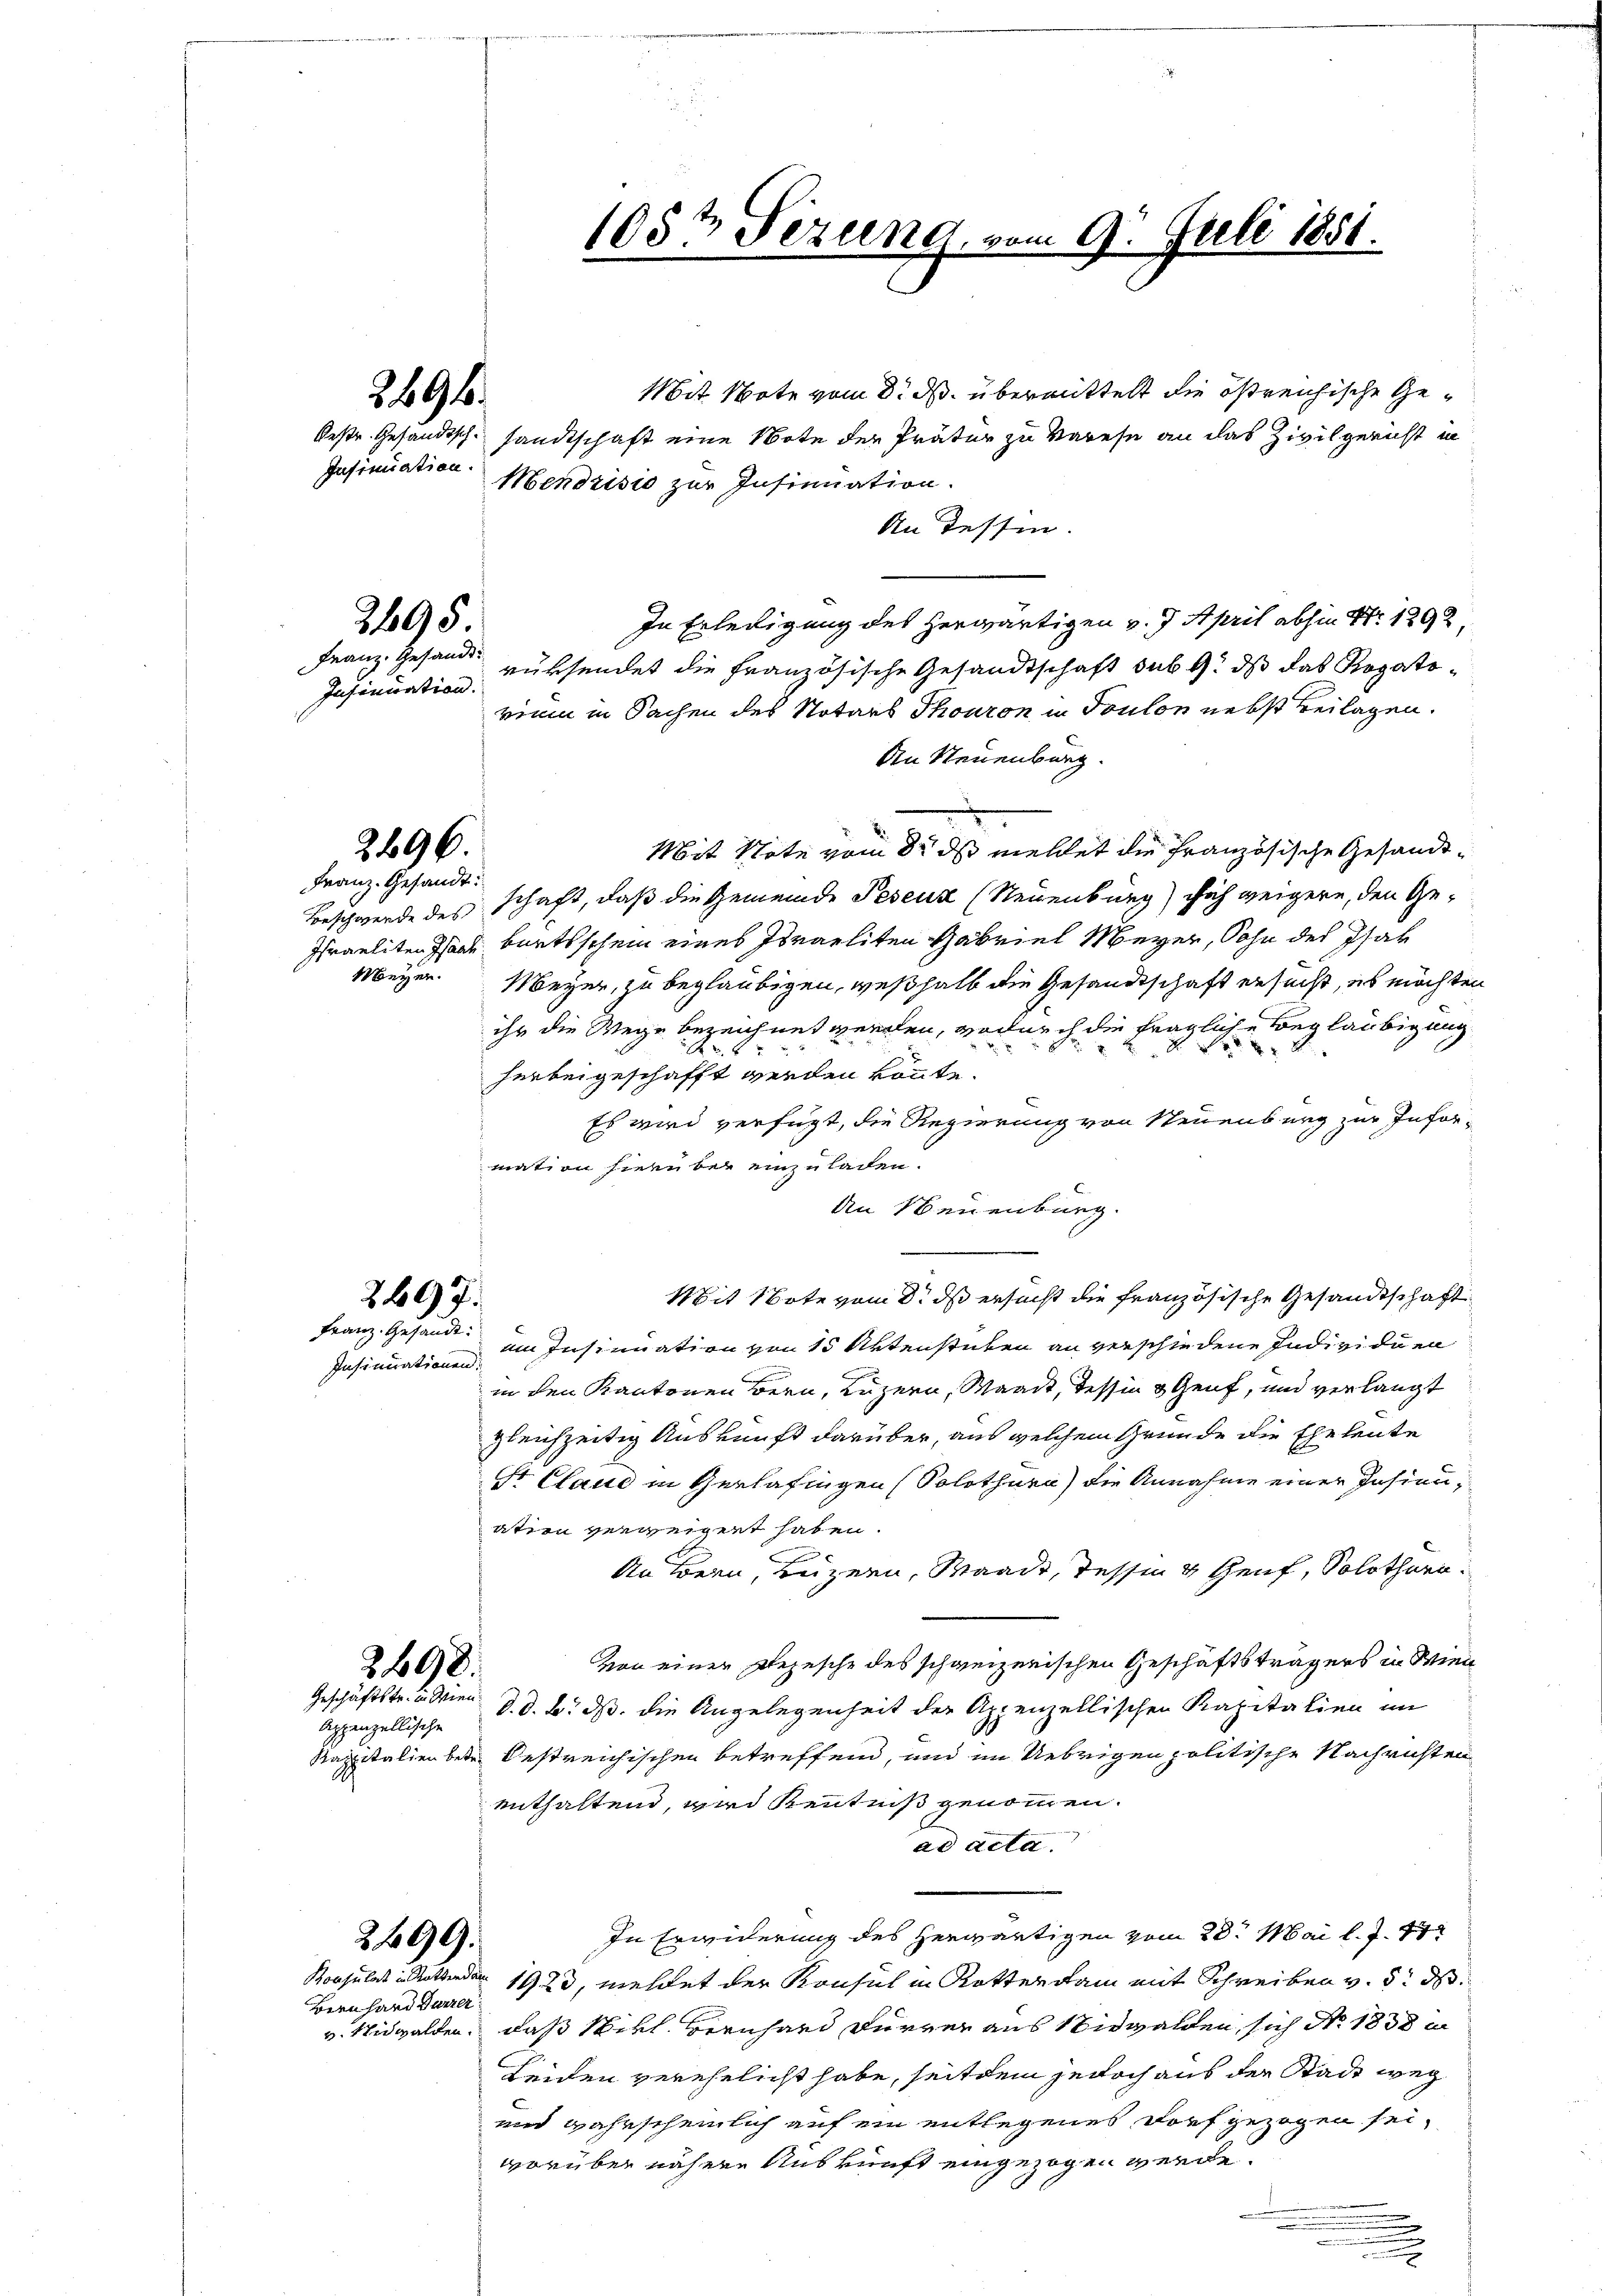
Franz. Gesandts

2695.

2496.
Franz. Gesandt:

Meÿer.

2607.
Franz. Gesandt:

2491.

Insiniation.

Mit Note vom 8. ds. übermittelt die östreichische Gebeste Gesandtsch, sandtschaft eine Note der Präter zu Varese an das Zivilgericht in
Mendrisis zur Insinuation.
An Tessin.
In Erledigung des herwärtigen v. J. April abhin Nr. 1292.
Insinuation rüksendet die Französische Gesandtschaft sub 9. dß das Rogato-
vini in Sachen des Notars Thouron in Toulon nebst Beilagen.
An Neuenburg.
Mit Note vom 8. ds meldet die Französische Gesandt¬
Beschwerde des schaft, daß die Gemeinde Peseuz (Neuenburg) sich weigere, den Ge¬
Israeliten Isaale burtsschein eines Israeliten Gabriel Meyer, Sohn des Isar
Meyer, zu beglaubigen, weßhalb die Gesandtschaft ersucht, es möchten
ihr die Wege bezeichnet werden, wodurch die fragliche Beglaubigung

herbeigeschafft werden könnte.
Es wird verfügt, die Regierung von Neuenburg zur Information hiern bei einzuladen.
An Neuenburg.
Mit Note vom 8. ds ersucht die französische Gesandtschaft
Insinuationen im Insinuation von 15 Aktenstücken an verschiedene Individuen
in den Kantonen Bern, Luzern, Waadt, dessen & Genf, und verlangt
gleichzeitig Auskunft darüber, aus welchem Grunde die Eheleute
Sr Claue in Gerlafingen (Solothurn) die Annahme einer Insinuatien verweigert haben.
An Bern, Luzern, Waadt, Tessin 4 Genf, Solothurn.
von einer Rezesche des schweizerischen Geschäftsträgers in Wien
d. d. B. ds. die Angelegenheit der Appenzellischen Kapitalien im
Kapitalien betr. Oestreichischen betreffend, und im Uebrigen politische Nachrichten
enthaltend, wird Kenntniß genommen.
ad acta.
In Erwiderung des herwärtigen vom 20. Mai l. J. 17
Konsulat in Rottender 1923, meldet der Konsul in Rotter kam mit Schreiben v. 5. ds
v. Nidwalden, daß Nikl. Bernhard Dürrer aus Nidwalden sich No. 1838 in
Leiden verehelicht habe, seitdem jedoch aus der Stadt weg
und wahrscheinlich auf ein entlegenes Dorf gezogen sei,
worüber nähere Auskunft eingezogen werde.
.

2498.
Geschäftstr. in Wien.

Appenzellische

Bernhard Dürrer

2499.

105t Sezung

n 9. Juli 1851.